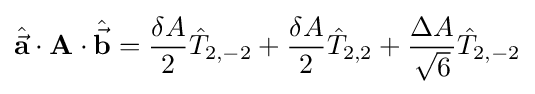
{\hat {\vec {\mathbf {a} }}}\cdot \mathbf {A} \cdot {\hat {\vec {\mathbf {b} }}}={\frac {\delta A}{2}}{\hat {T}}_{2,-2}+{\frac {\delta A}{2}}{\hat {T}}_{2,2}+{\frac {\Delta A}{\sqrt {6}}}{\hat {T}}_{2,-2}